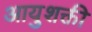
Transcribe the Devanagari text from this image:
आयुशक्ती